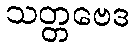
သတ္တဗေဒ